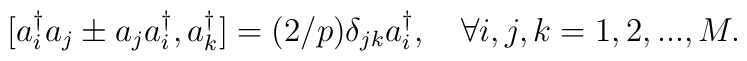
[a^{\dagger}_ia_j \pm a_ja^{\dagger}_i,a^{\dagger}_k]=(2/p) \delta_{jk}a^{\dagger}_i ,\quad \forall i,j,k =1,2,...,M .